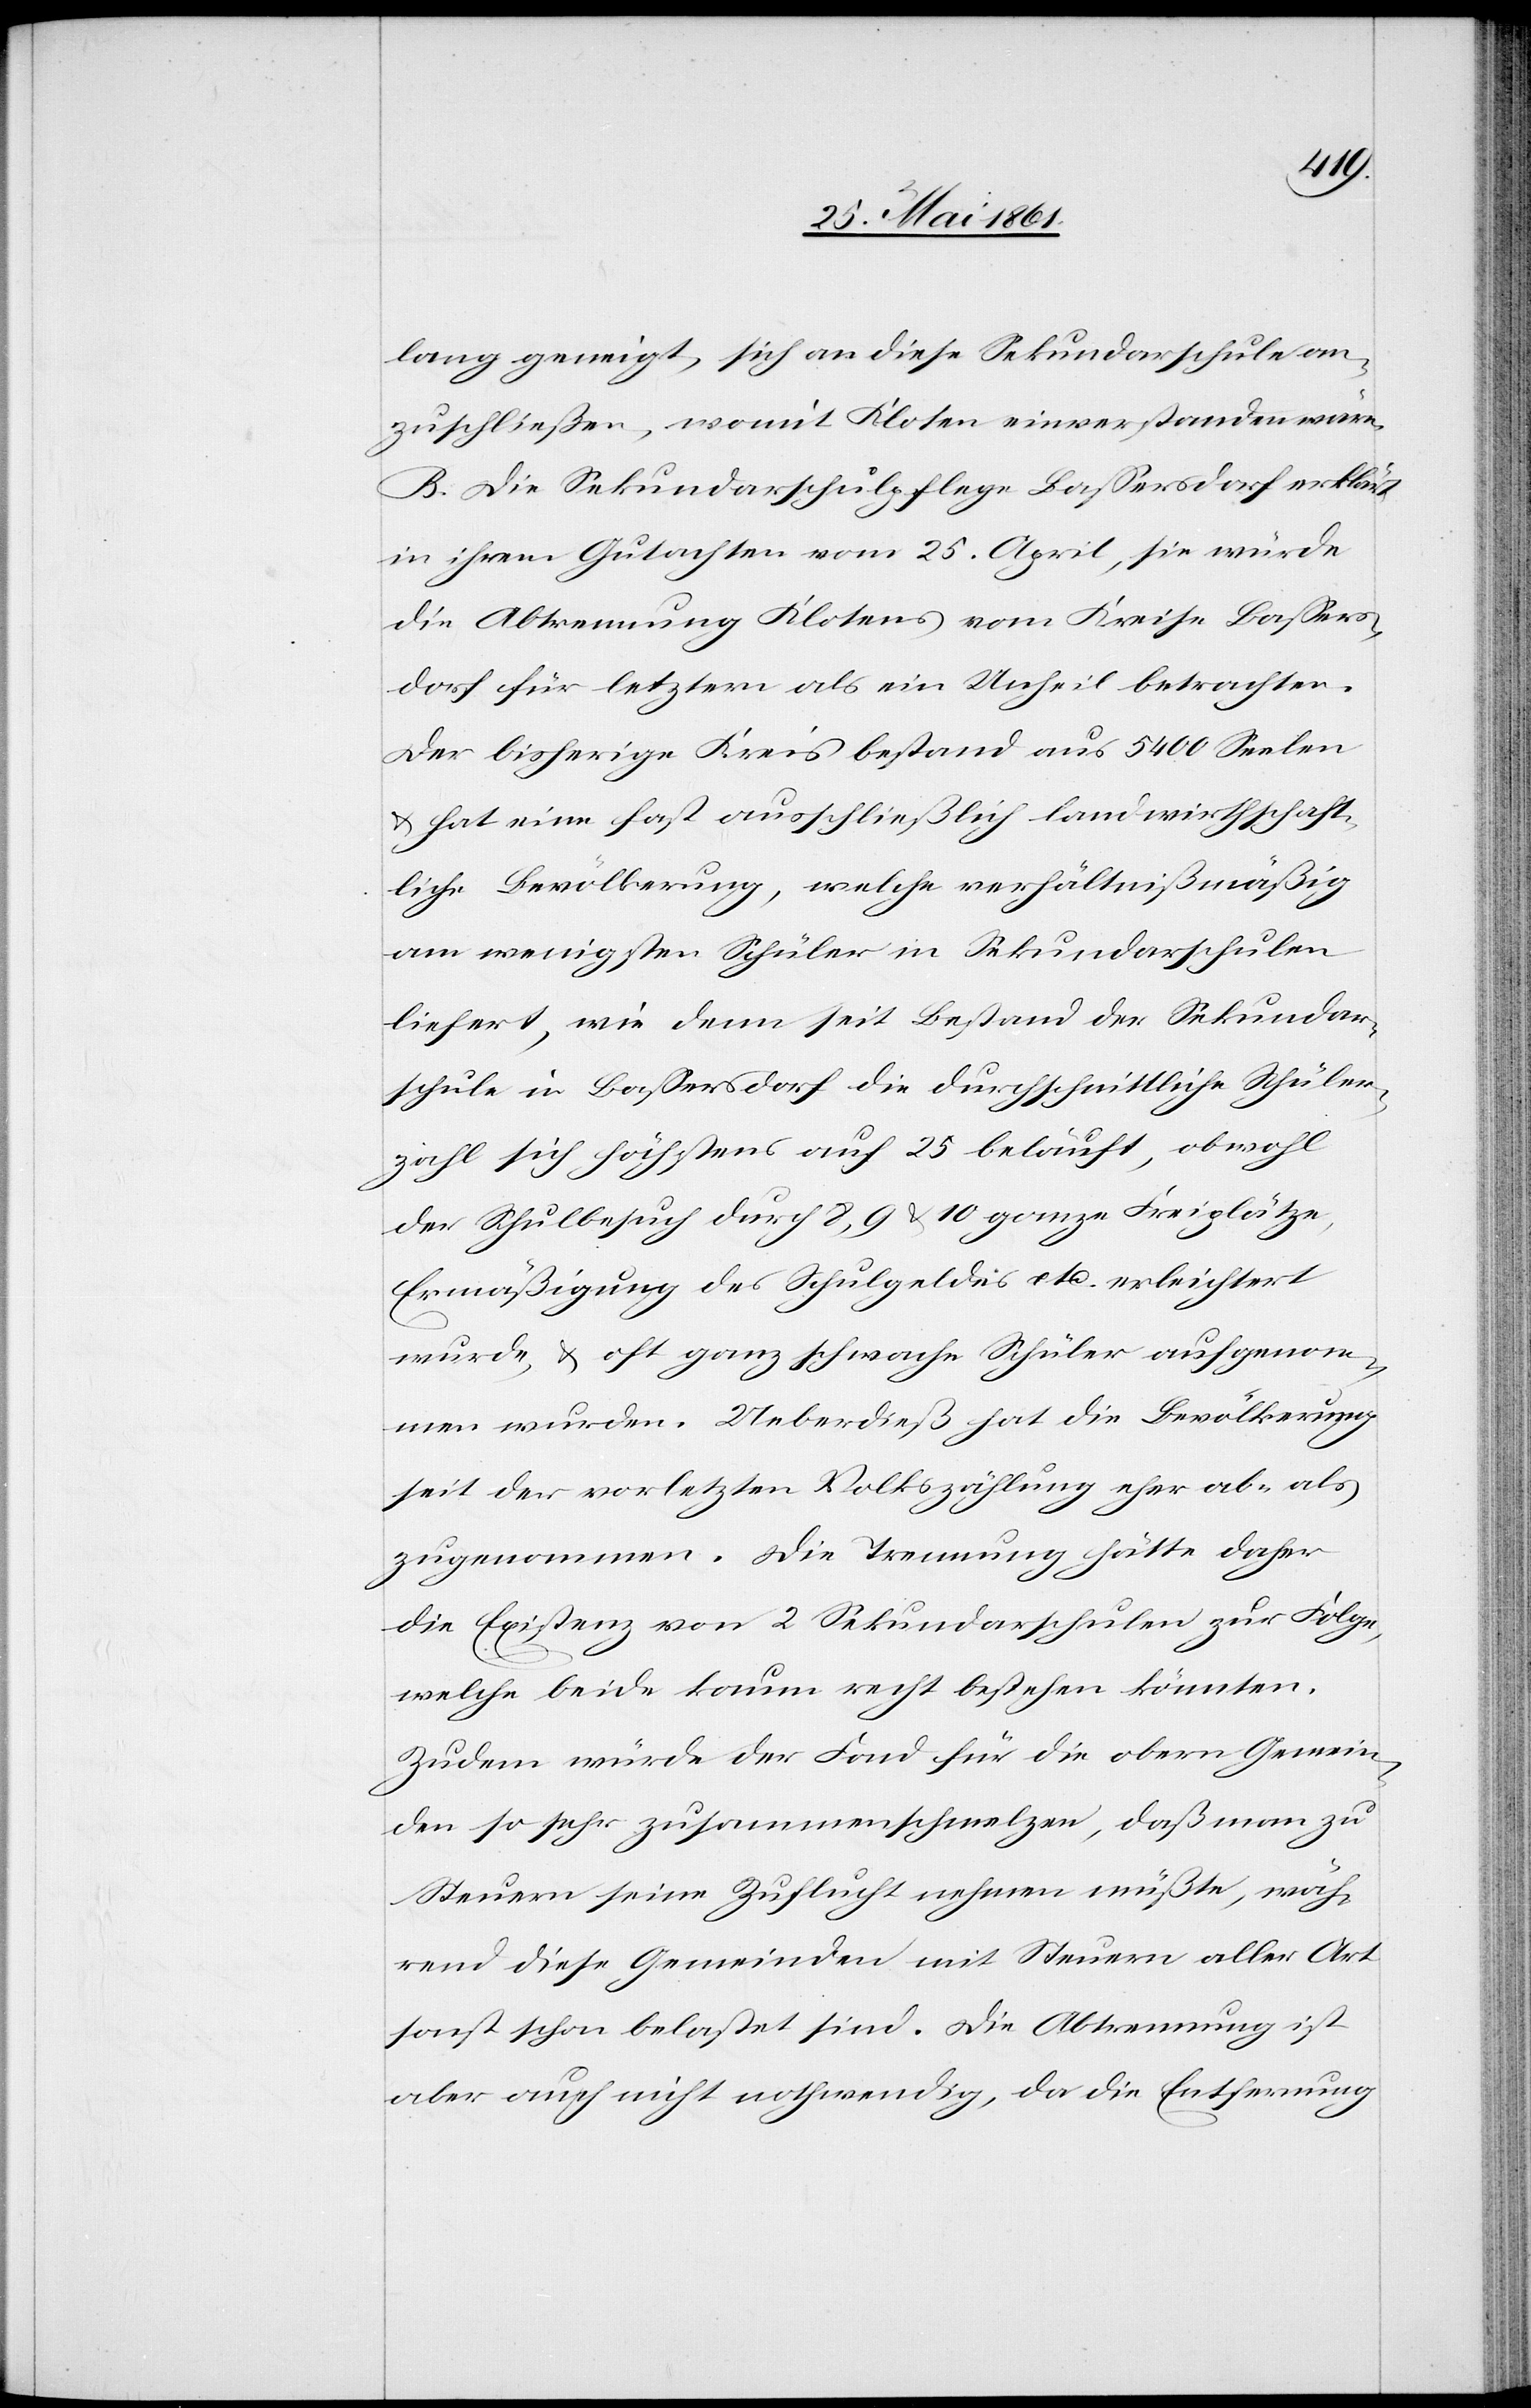
lang geneigt, sich an diese Sekundarschule an¬
zuschließen, womit Kloten einverstanden wäre.
B. Die Sekundarschulpflege Bassersdorf erklärt
in ihrem Gutachten vom 25. April, sie würde
die Abtrennung Klotens vom Kreise Bassers¬
dorf für letztern als ein Unheil betrachten.
Der bisherige Kreis bestand aus 5400 Seelen
u. hat eine fast ausschließlich landwirthschaft¬
liche Bevölkerung, welche verhältnißmäßig
am wenigsten Schüler in Sekundarschulen
liefert, wie denn seit Bestand der Sekundar¬
schule in Bassersdorf die durchschnittliche Schüler¬
zahl sich höchstens auf 25 beläuft, obwohl
der Schulbesuch durch 8, 9 u. 10 ganze Freiplätze,
Ermäßigung des Schulgeldes etc. erleichtert
wurde, u. oft ganz schwache Schüler aufgenom¬
men wurden. Ueberdieß hat die Bevölkerung
seit der vorletzten Volkszählung eher ab- als
zugenommen. Die Trennung hätte daher
die Existenz von 2 Sekundarschulen zur Folge,
welche beide kaum recht bestehen könnten.
Zudem würde der Fond für die obern Gemein¬
den so sehr zusammenschmelzen, daß man zu
Steuern seine Zuflucht nehmen müßte, wäh¬
rend diese Gemeinden mit Steuern aller Art
sonst schon belastet sind. Die Abtrennung ist
aber auch nicht nothwendig, da die Entfernung